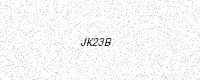
Text: JK23B